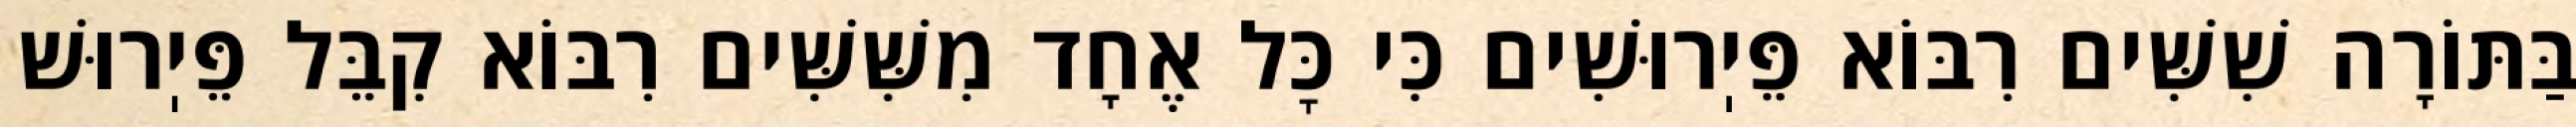
בַּתּוֹרָה שִׁשִּׁים רִבּוֹא פֵּיֽרוּשִׁים כִּי כׇּל אֶחָד מִשִּׁשִּׁים רִבּוֹא קִבֵּל פֵּיֽרוּשׁ